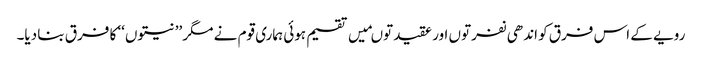
رویے کے اس فرق کو اندھی نفرتوں اور عقیدتوںمیں تقسیم ہوئی ہماری قوم نے مگر ’’نیتوں‘‘ کا فرق بنا دیا۔